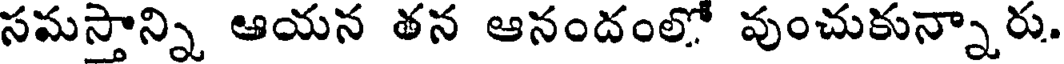
సమస్తాన్ని ఆయన తన ఆనందంలో వుంచుకున్నారు.